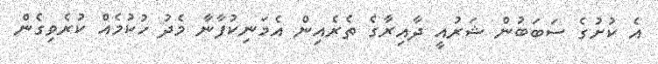
އެ ކުށުގެ ސަބަބުން ޝަރުއީ ދާއިރާގެ ތެރެއިން އެމަނިކުފާނާ މެދު ހުކުމެއް ކުރެވިގެން